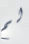
لم